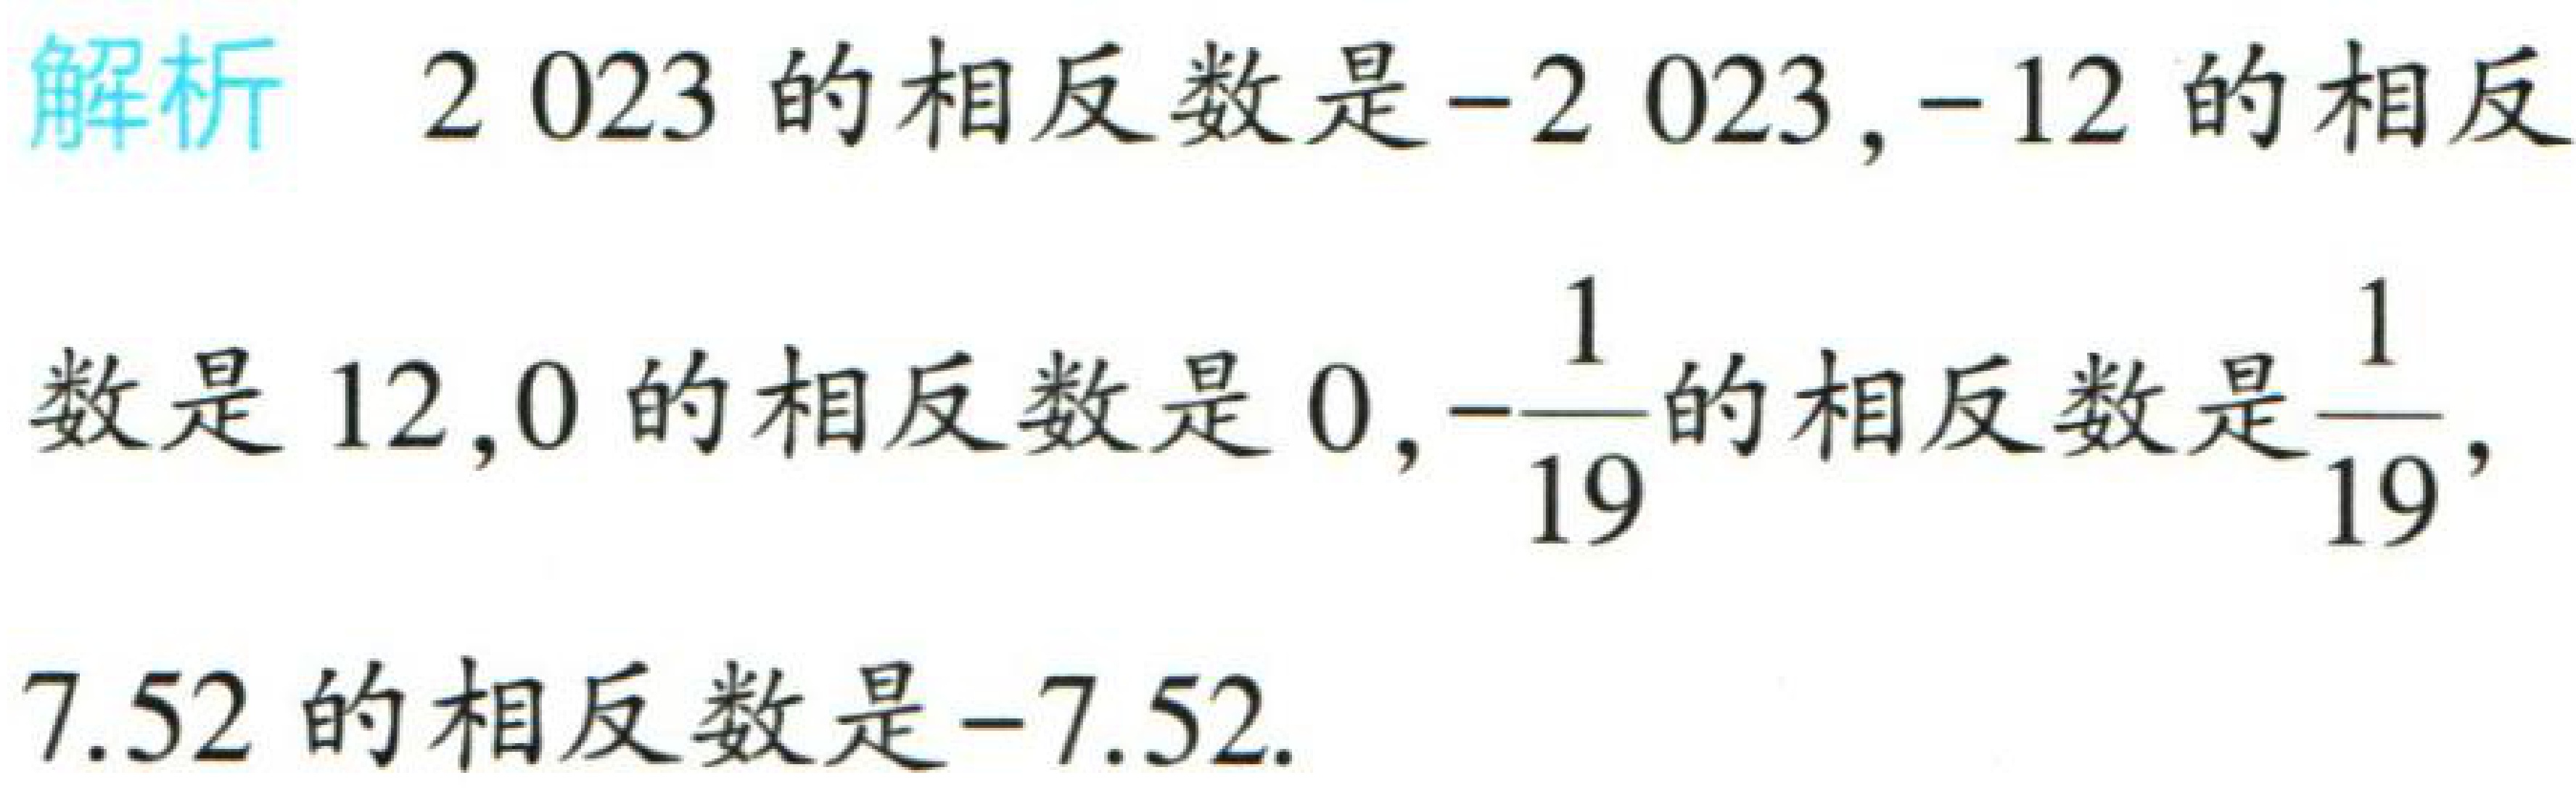
解析 \(2023\) 的相反数是\(-2023\)，\(-12\) 的相反
数是 \(12\)，\(0\) 的相反数是 \(0\)，\(-\dfrac{1}{19}\) 的相反数是\(\dfrac{1}{19}\)，
\(7.52\) 的相反数是\(-7.52\).